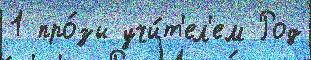
1 про́зы учи́т'ел'ем Род